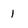
Character: 1